Indian Medical Review
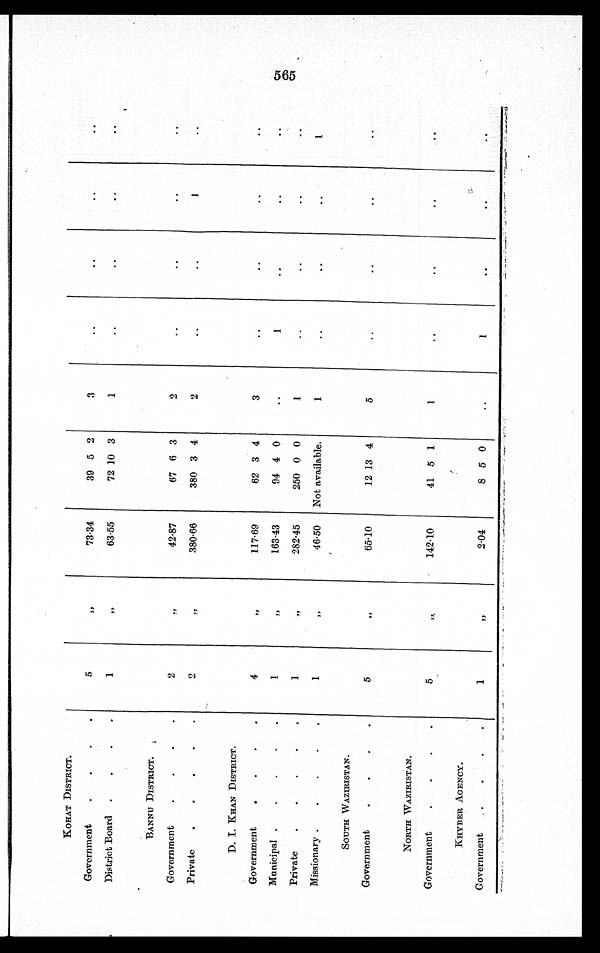
KOHAT DISTRICT.
Government
5
" 73.34
39 5 2
3
District Board
1
" 63.55
72 10 3
1
BANNU DISTRICT.
Government
2
" 42.87
67 6 3
2
Private
2
" 380.66
380 3 4
2
1
D. I. KHAN DISTRICT.
Government
4
" 117.69
62 3 4
3
Municipal
1
" 163.43
94 4 0
1
Private
1
" 282.45
250 0 0
1
Missionary
1
" 46.50 Not available.
1
1
SOUTH WAZIRISTAN.
Government
5
" 65.10
12 13 4
5
NORTH WAZIRISTAN.
Government
5
" 142.10
41 5 1
1
KHYBER AGENCY.
Government
1
"
2.04
8 5 0
1